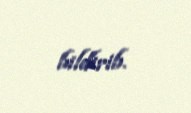
bildirib.